Notes on vaccination in the North-West Frontier Province 1923-1928 - 1923-1928
Year: 1923
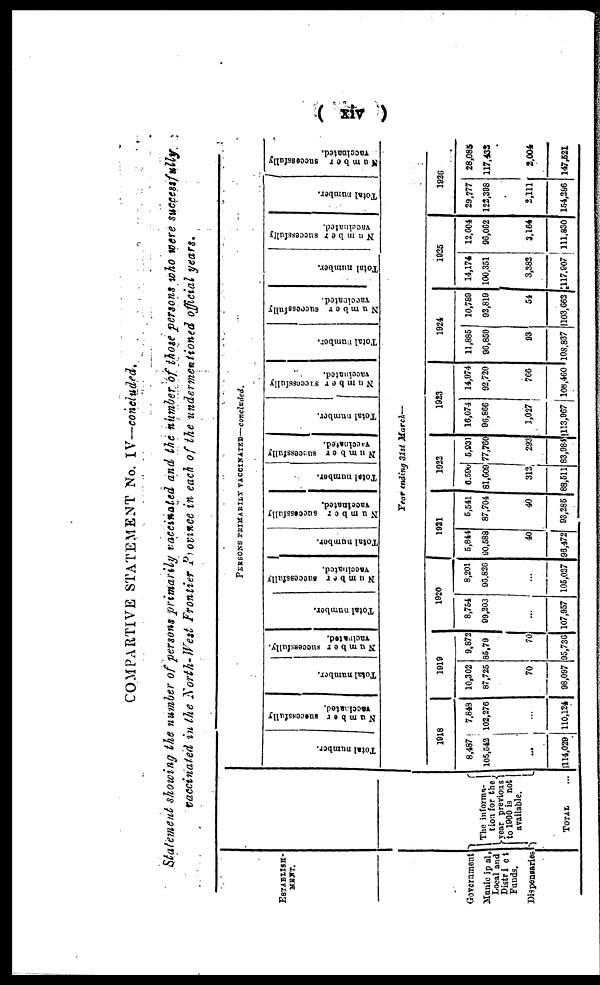
( xiv )
COMPARTIVE STATEMENT No. IV—concluded.
Statement showing the number of persons primarily vaccinated and the number of those persons who were successfully
vaccinated in the North-West Frontier Province in each of the undermentioned official years.
ESTABIISH-
MENT.
Government
Municipal,
Local and
District
Funds.
Dispensaries
The informa-
tion for the
year previous
to 1900 is not
available.
TOTAL ...
PERSONS PRIMARILY VACCINATED—concluded.
Total number.
Number successfully
vaccinated.
Total number.
Number successfully.
vacinated.
Total number.
Number successfully
vaccinated.
Total number.
Number successfully
vaccinated.
Total number.
Number successfully
vaccinated.
Total number.
Number successfully
vaccinated.
Total number.
Number successfully
vaccinated.
Total number.
Number successfully
vaccinated.
Total number.
Number successfully
vaccinated.
Year ending 31st March—
1918
8,487
105,542
...
114,029
7,848
102,276
...
110,124
1919
10,302
87,725
70
98,097
9,872
85,79
70
95,736
1920
8,754
99,203
...
107,957
8,201
96,826
...
105,027
1921
5,844
90,588
40
96,472
5,541
87,704
40
93,285
1922
6,590
81,609
312
88,511
5,931
77,760
293
83,984
1923
16,074
96,806
1,027
113,967
14,974
92,720
766
108,460
1924
11,885
96,859
93
108,837
10,789
92,819
54
103,662
1925
14,174
100,351
3,382
117,907
12,604
90,062
3,164
111,830
1926
29,777
122,398
2,111
154,286
28,085
117,432
2,004
147,521